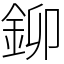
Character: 鉚